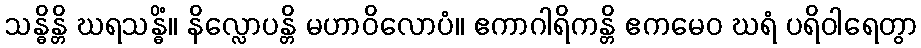
သန္ဓိန္တိ ဃရသန္ဓိံ။ နိလ္လောပန္တိ မဟာဝိလောပံ။ ဧကာဂါရိကန္တိ ဧကမေဝ ဃရံ ပရိဝါရေတွာ